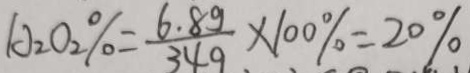
A _ { 2 } O _ { 2 } \% = \frac { 6 . 8 g } { 3 4 g } \times 1 0 0 \% = 2 0 \%